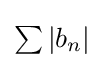
{\textstyle \sum \left|b_{n}\right|}